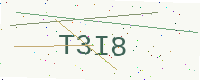
Text: T3I8